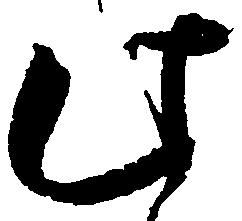
此